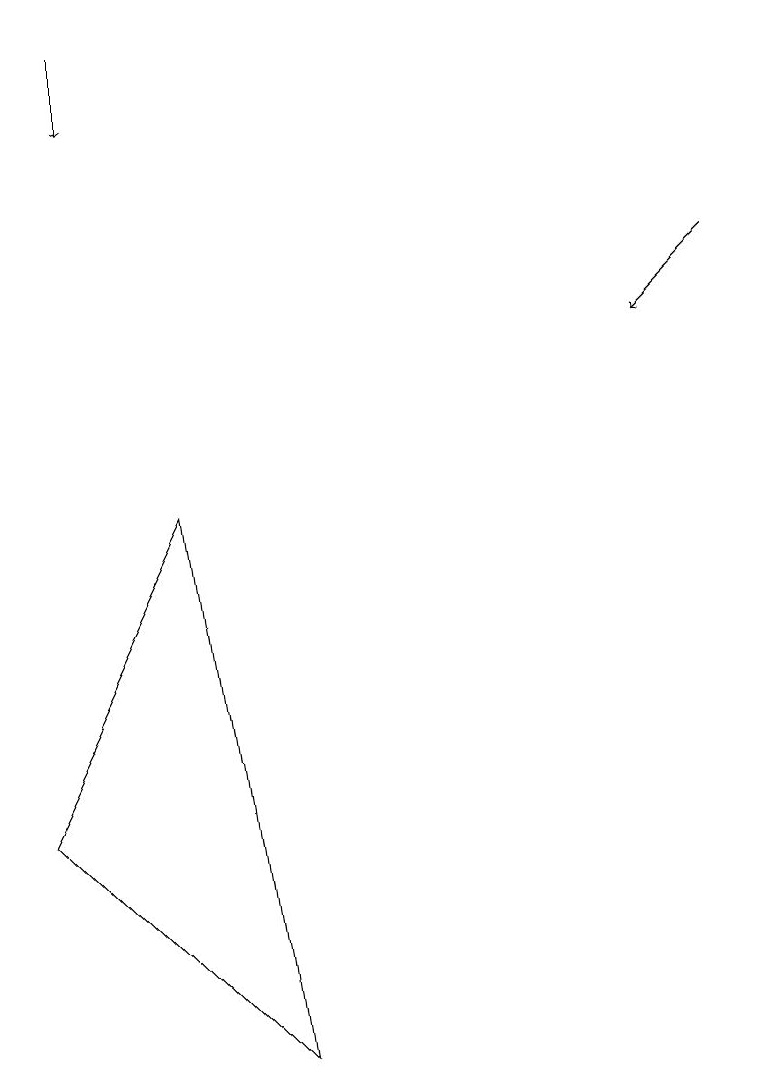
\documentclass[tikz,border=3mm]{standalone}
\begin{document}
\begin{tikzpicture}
\draw[->] (1,14) -- (1,13);
\draw (2,8) -- (0,4) -- (3,1) -- cycle;
\draw[->] (9,11) -- (8,10);
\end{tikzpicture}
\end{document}